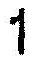
1